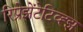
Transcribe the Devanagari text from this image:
रिप्रेझेंटेटिव्ह्झ